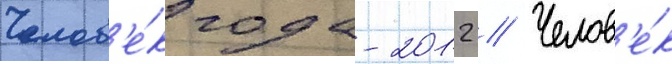
Челов'е́к года-2012 // Челов'е́к